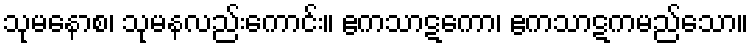
သုမနောစ၊ သုမနလည်းကောင်း။ ဧကသာဋကော၊ ဧကသာဋကမည်သော။